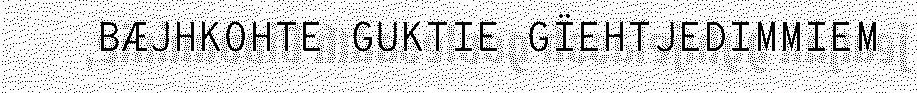
BÆJHKOHTE GUKTIE GÏEHTJEDIMMIEM